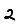
Digit: 2